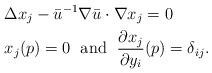
LaTeX: \begin{align*}&\Delta x_j - \bar u^{-1} \nabla \bar u \cdot \nabla x_j=0 \\&x_j (p)=0 \; \mbox{ and }\; \frac{\partial x_j}{\partial y_i } (p) = \delta_{ij}.\end{align*}